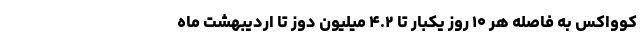
کوواکس به فاصله هر ۱۰ روز یکبار تا ۴.۲ میلیون دوز تا اردیبهشت ماه